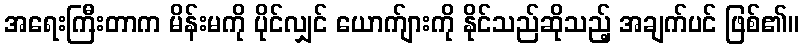
အရေးကြီးတာက မိန်းမကို ပိုင်လျှင် ယောက်ျားကို နိုင်သည်ဆိုသည့် အချက်ပင် ဖြစ်၏။